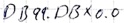
Text: DB99.DBX0.0